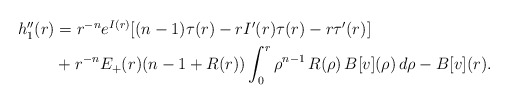
\begin{align*}\begin{aligned}h_1''(r)&=r^{-n}e^{I(r)}[(n-1)\tau(r)-rI'(r)\tau(r)-r\tau'(r)]\\&+r^{-n}E_+(r)(n-1+R(r))\int_0^r\rho^{n-1}\,R(\rho)\,B[v](\rho)\,d\rho -B[v](r).\end{aligned}\end{align*}